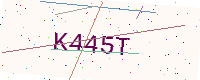
Text: K445T